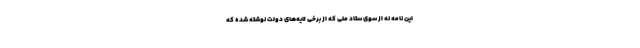
این نامه نه از سوی ستاد ملی که از برخی لایه‌های دولت نوشته شده که